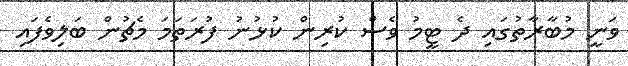
ވަނީ މުބާރާތުގައި ދެ ޓީމު ވެސް ކުރިން ކުޅުނު ފުރަތަމަ މެޗުން ބަލިވެފައި